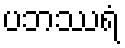
ပဘဿရံ